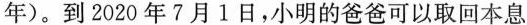
年)。到2020年7月1日，小明的爸爸可以取回本息